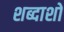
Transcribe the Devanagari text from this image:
शब्दाशों